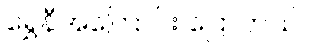
ရွှေနီအကြောင်း ပြောတယ်။